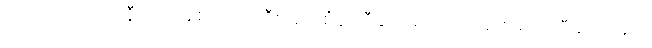
ကိုရင်ဂို၊ မကော်နီ၊ လင်းနစ်၊ သားကြီး၊ ဆိုင်စံနဲ့ သီချင်းမှာ ပါဝင်အားဖြည့် သီဆိုကြမယ့်